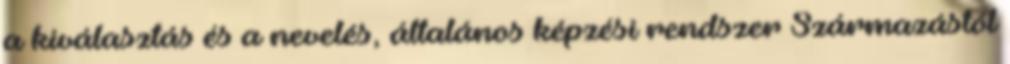
a kiválasztás és a nevelés, általános képzési rendszer Származástól